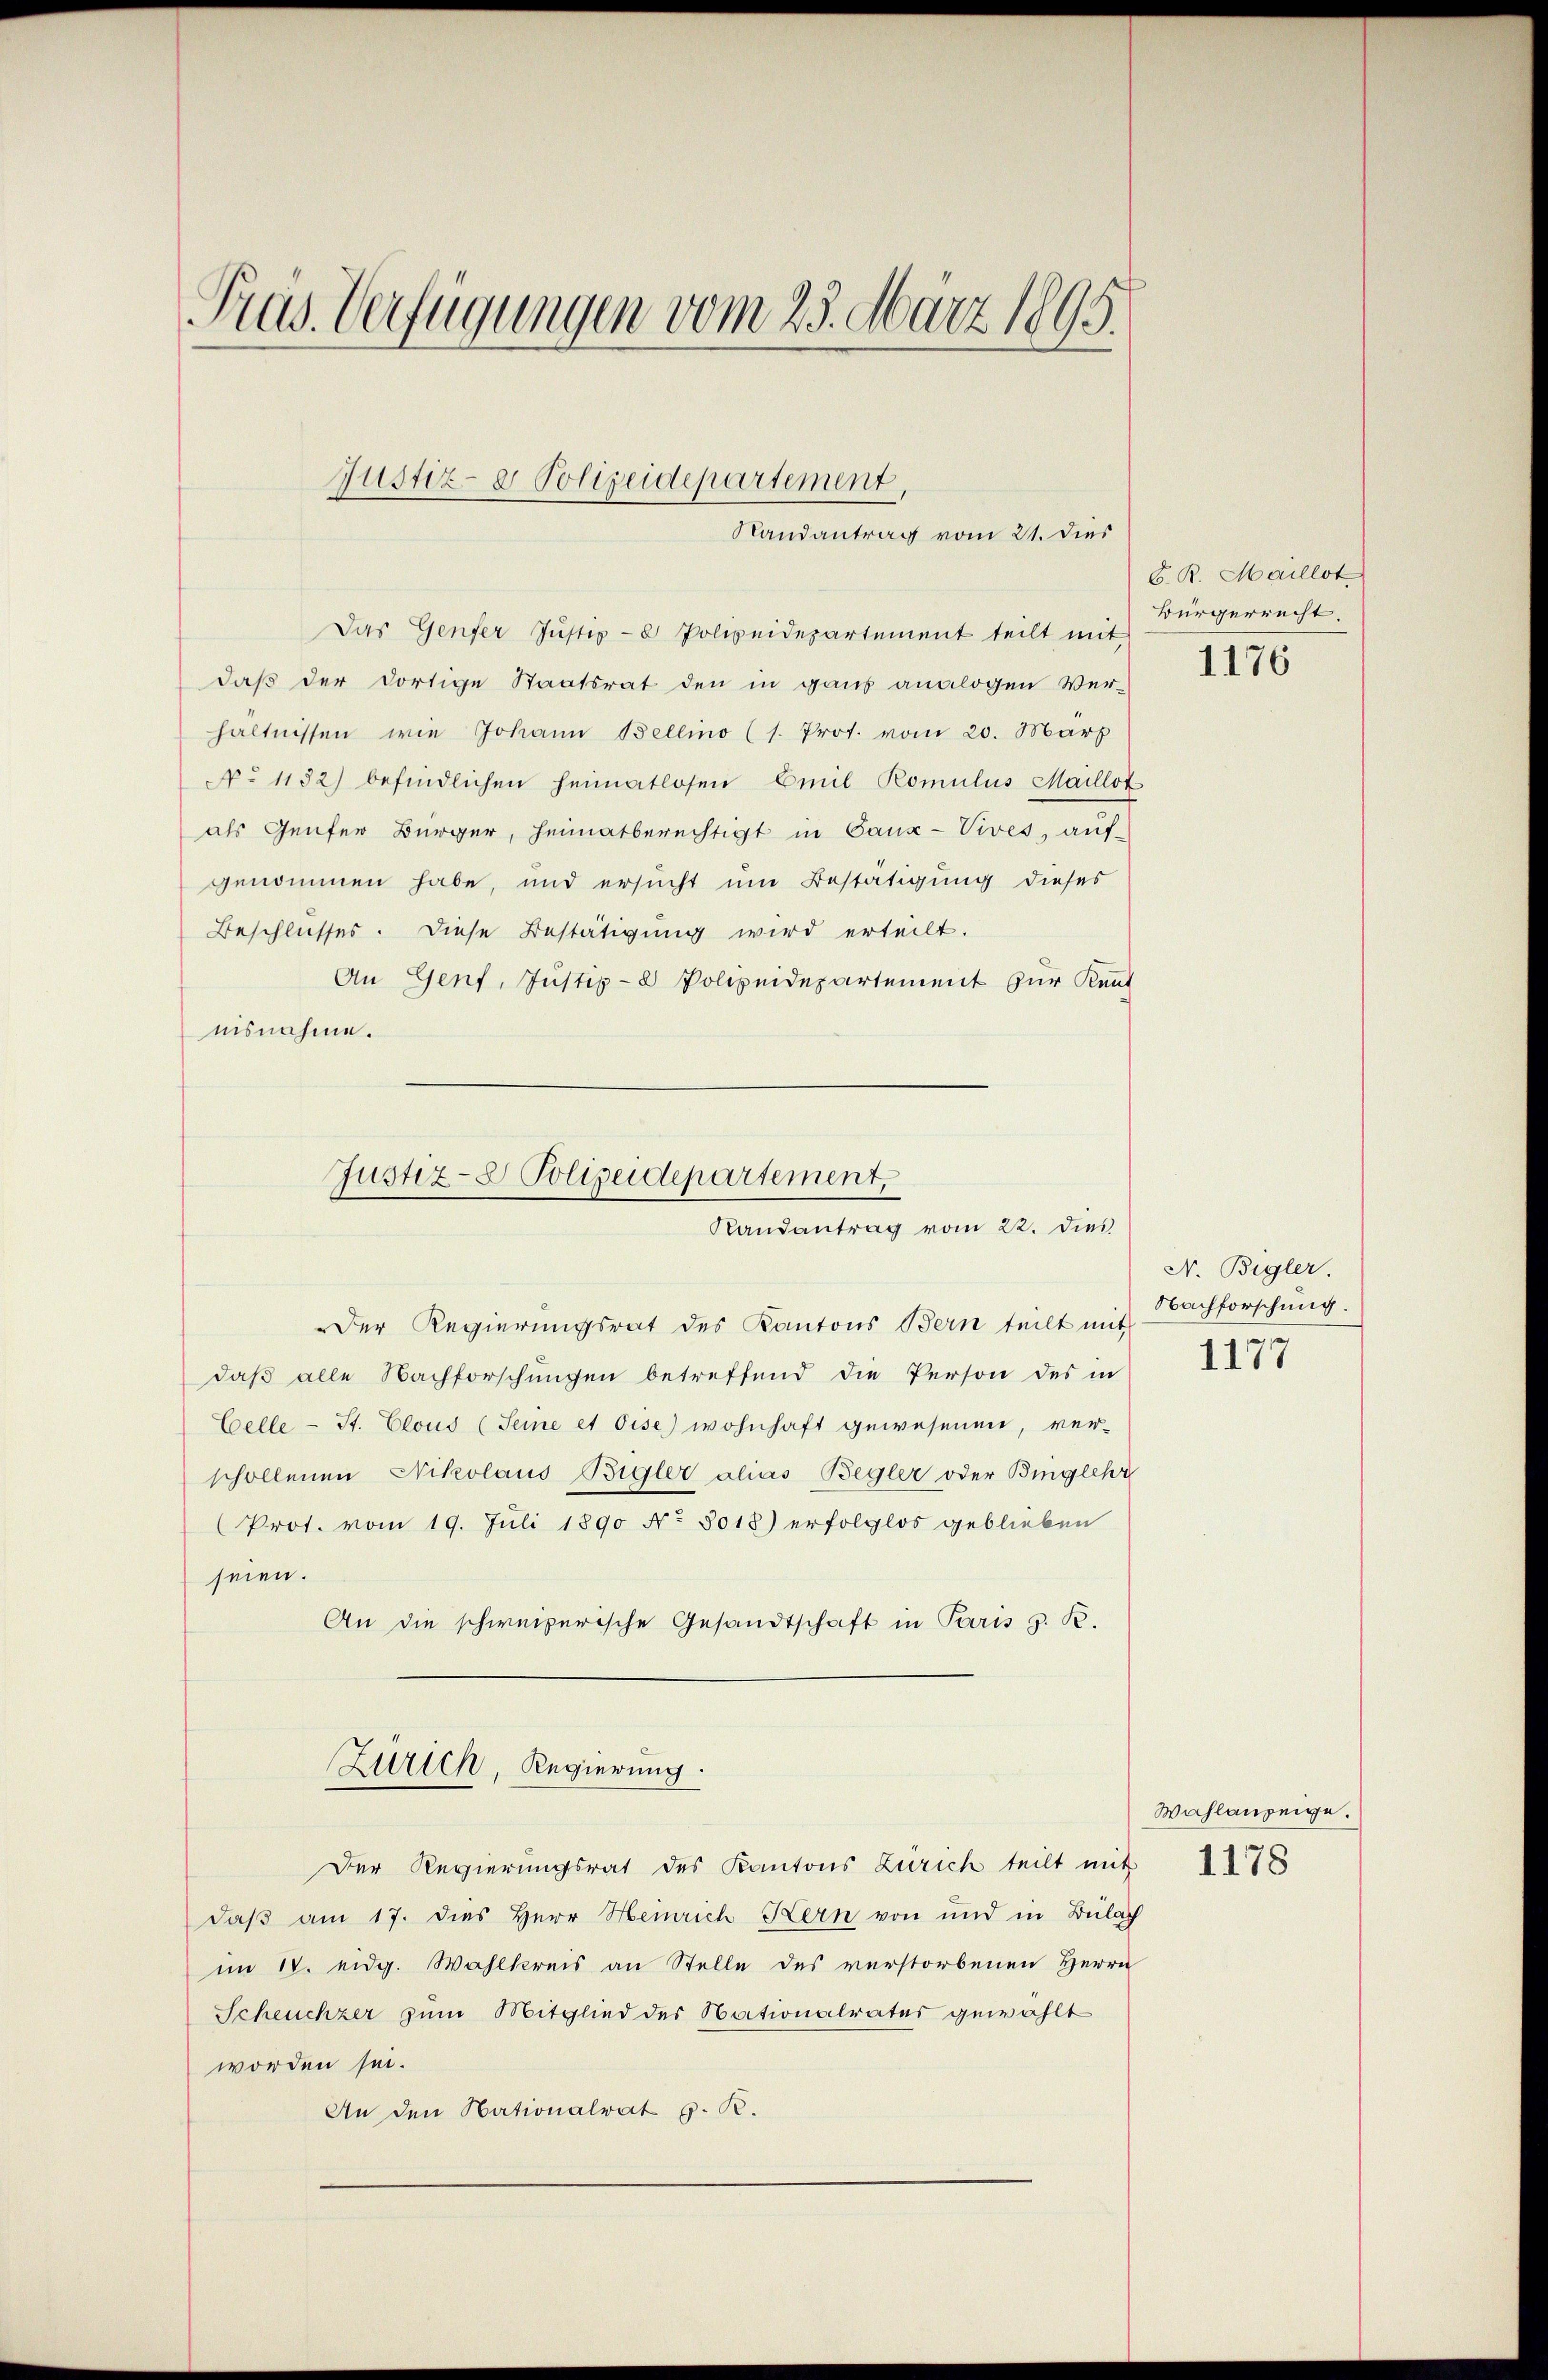
Pras. Verfügungen vom 23. März 1895.
Justiz- & Polizeidepartement,
Randantrag vom 21. dies

Das Genfer Justiz- & Polizeidepartement teilt mit
daß der dortige Staatsrat den in ganz analogen Ver-
hältnissen wie Johann Bellino (s. Prot. vom 20. März
No 1132) befindlichen Heimatlosen baul Romulus Maillot
als Genfer Bürger, heimatberechtigt in Gaux-Vives, auf-
genommen habe, und ersucht um Bestätigung dieses
Beschlusses. Diese Bestätigung wird erteilt.
An Genf, Justiz- & Polizeidepartement zur Kent
nisnahme.

Justiz- & Polizeidepartement,
Randantrag vom 22. dies

Der Regierungsrat des Kantons Bern teilt mit
daβ alle Nachforschungen betreffend die Person des in
Celle - St. Clous (Seine et Oise) wohnhaft gewesenen, ver-
schollenen Nikolaus Bigler alias Begler oder Binglehr
(Prot. vom 19. Juli 1890 No 3018) erfolglos geblieben
seien.
An die schweizerische Gesandtschaft in Paris z. R.
Zürich, Regierung.
Der Regierungsrat des Kantons Zürich teilt mit
daß am 17. dies Herr Heinrich Kern von und in Bülach
im 14. eidg. Wahlkreis an Stelle des verstorbenen Herrn
Scheuchzer zum Mitglied des Nationalrates gewählt
worden sei.
An den Nationalrat p. R.

C. R. Maillot
Bürgerrecht.

1176

N. Begler.
Nachforschung.
1177

Wahlanzeige.
1178